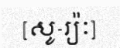
[សូ-រ្យ៉ៈ]